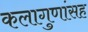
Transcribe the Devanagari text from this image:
कलागुणांसह